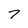
Character: 7